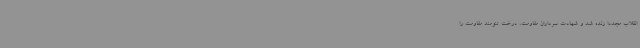
انقلاب مجدداً زنده شد و شهادت سرداران مقاومت، درخت تنومند مقاومت را